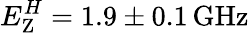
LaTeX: E_{\textrm{Z}}^{H}=1.9\pm 0.1\, \mathrm{GHz}